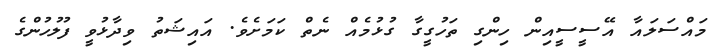
މައްސަލައާ އޭސީސީއިން ހިންގި ތަހުގީގާ ގުޅުމެއް ނެތް ކަމަށެވެ. އައިޝަތު ވިދާޅުވީ ފުލުހުންގެ